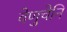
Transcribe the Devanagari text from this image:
वेणुचेनि